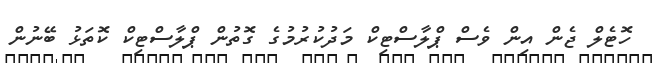
ހޮޓެލް ޖެން އިން ވެސް ޕްލާސްޓިކް މަދުކުރުމުގެ ގޮތުން ޕްލާސްޓިކް ކޮތަޅު ބޭނުން